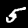
Digit: 5